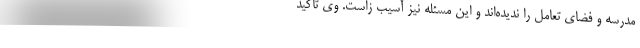
مدرسه و فضای تعامل را ندیده‌اند و این مسئله نیز آسیب زاست. وی تاکید